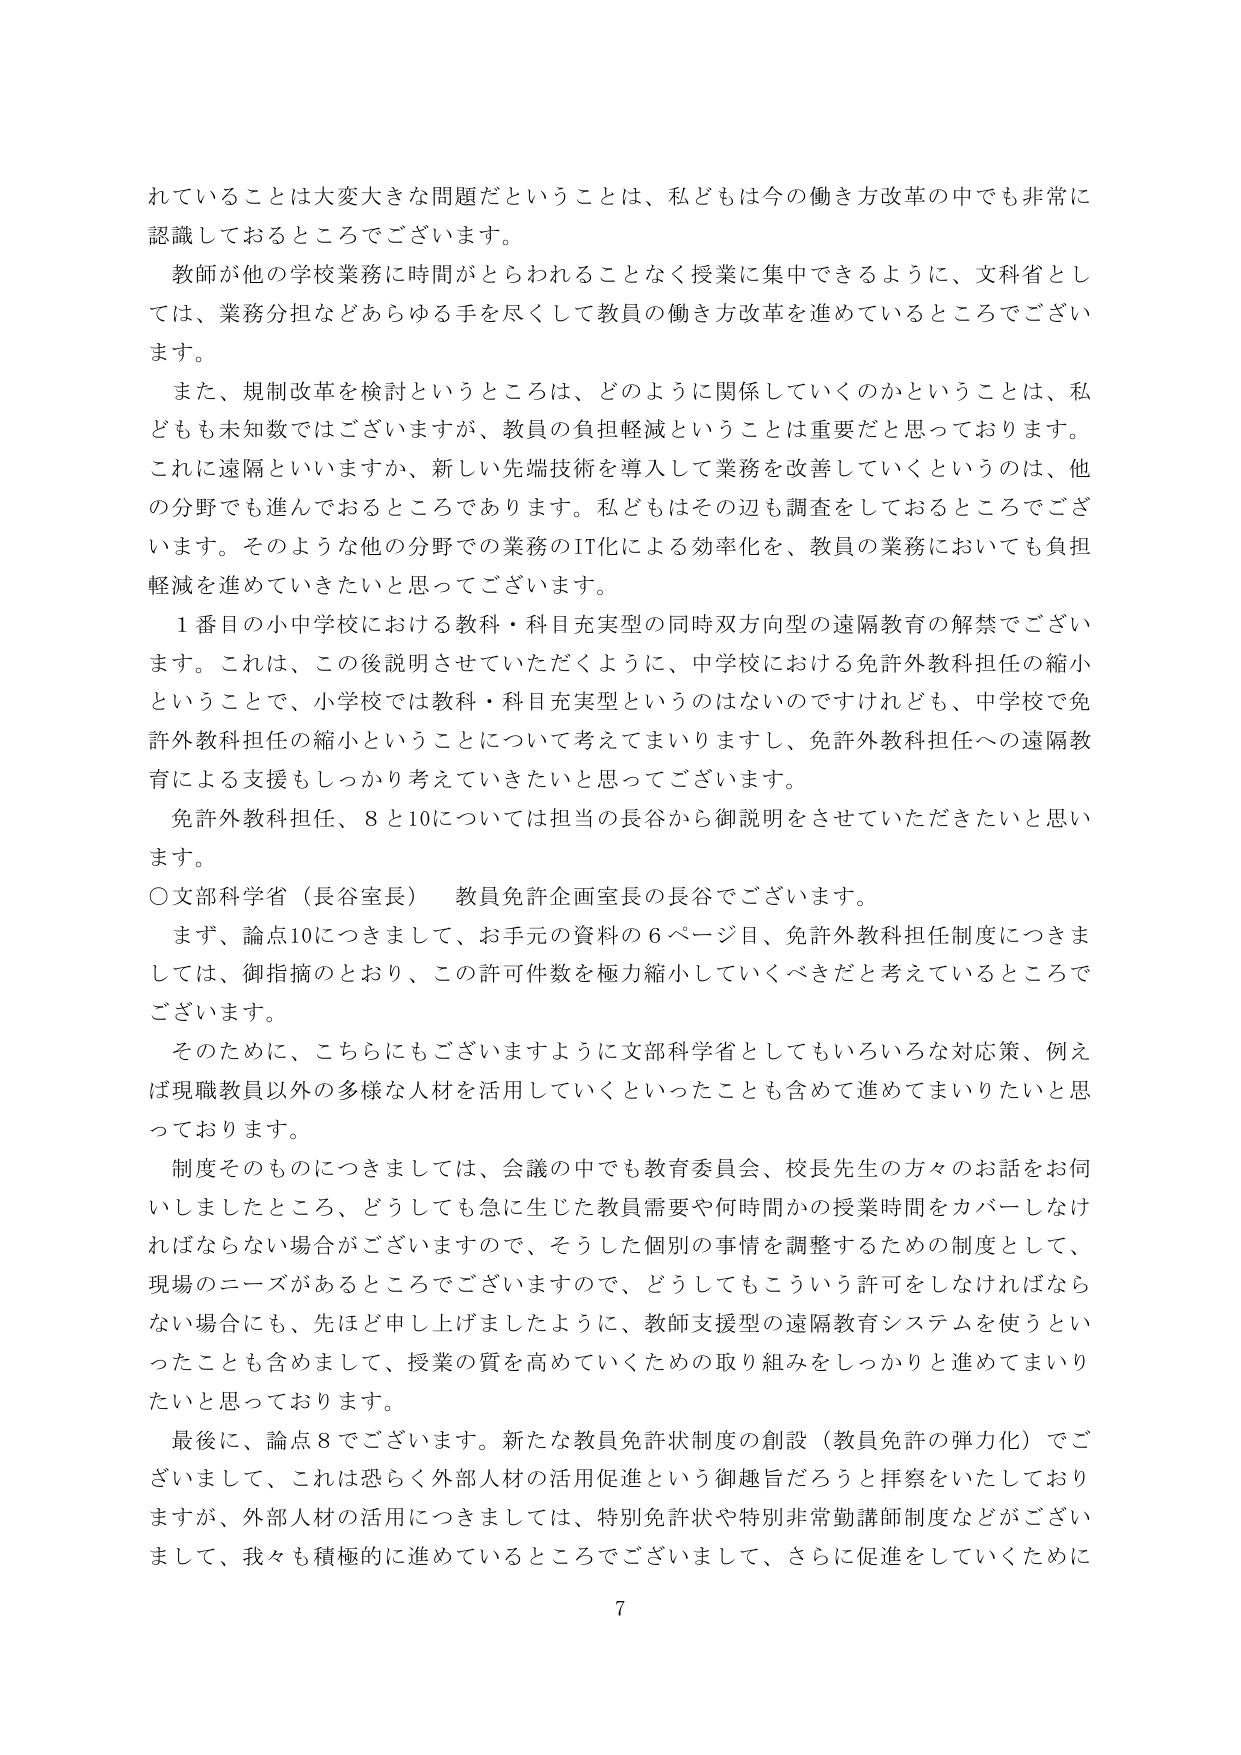
れていることは大変大きな問題だということは、私どもは今の働き方改革の中でも非常に
認識しておるところでございます。
教師が他の学校業務に時間がとられることなく授業に集中できるように、文科省とし
ては、業務分担などあらゆる手を尽くして教員の働き方改革を進めているところでござい
ます。
また、規制改革を検討というところは、どのように関係していくのかということは、私
どもも未知数ではございますが、教員の負担軽減ということは重要だと思っております。
これに遠隔といいますか、新しい先端技術を導入して業務を改善していくというのは、他
の分野でも進んでおるところであります。私どもはその辺も調査をしておるところでござ
います。そのような他の分野での業務のIT化による効率化を、教員の業務においても負担
軽減を進めていきたいと思ってございます。
1番目の小中学校における教科・科目充実型の同時双方向型の遠隔教育の解禁でござい
ます。これは、この後説明させていただくように、中学校における免許外教科担任の縮小
ということで、小学校では教科・科目充実型というのはないのですけれども、中学校で免
許外教科担任の縮小ということについて考えてまいりますし、免許外教科担任への遠隔教
育による支援もしっかり考えていきたいと思ってございます。
免許外教科担任、8と10については担当の長谷から御説明をさせていただきたいと思い
ます。
○文部科学省（長谷室長） 教員免許企画室長の長谷でございます。
まず、論点10につきまして、お手元の資料の6ページ目、免許外教科担任制度につきま
しては、御指摘のとおり、この許可件数を極力縮小していくべきだと考えているところで
ございます。
そのために、こちらにもございますように文部科学省としてもいろいろな対応策、例え
ば現職教員以外の多様な人材を活用していくといったことも含めて進めてまいりたいと思
っております。
制度そのものにつきましては、会議の中でも教育委員会、校長先生の方々のお話をお伺
いしましたところ、どうしても急に生じた教員需要や何時間かの授業時間をカバーしなけ
ればならない場合がございますので、そうした個別の事情を調整するための制度として、
現場のニーズがあるところでございますので、どうしてもこういう許可をしなければなら
ない場合にも、先ほど申し上げましたように、教師支援型の遠隔教育システムを使うとい
ったことも含めまして、授業の質を高めていくための取り組みをしっかりと進めてまいり
たいと思っております。
最後に、論点8でございます。新たな教員免許状制度の創設（教員免許の弾力化）でご
ざいまして、これは恐らく外部人材の活用促進という御趣旨だろうと拝察をいたしており
ますが、外部人材の活用につきましては、特別免許状や特別非常勤講師制度などがござい
まして、我々も積極的に進めているところでございまして、さらに促進していくために
7